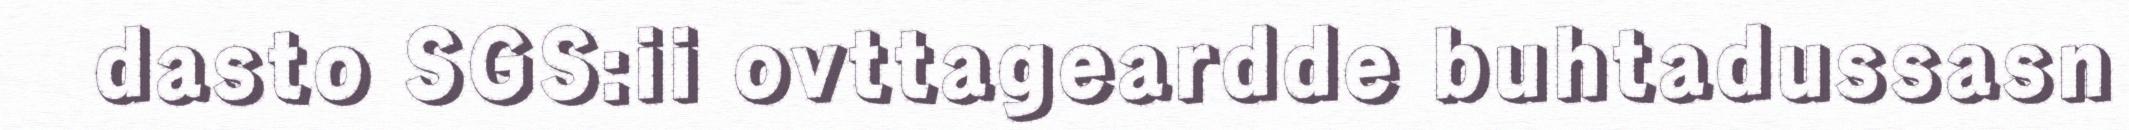
dasto SGS:ii ovttageardde buhtadussasn